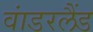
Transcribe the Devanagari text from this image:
वांडरलैंड